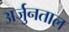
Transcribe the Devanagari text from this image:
अर्जुनताल